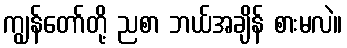
ကျွန်တော်တို့ ညစာ ဘယ်အချိန် စားမလဲ။